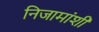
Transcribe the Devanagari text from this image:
निजामांशी